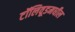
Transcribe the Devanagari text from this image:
टॉलिवूडमधील